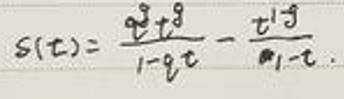
\[ s(t)=\frac{t^{2}+t^{3}}{1 - qt}-\frac{t^{1 + q}}{1 - t} \]